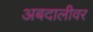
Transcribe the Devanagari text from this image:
अबदालीवर